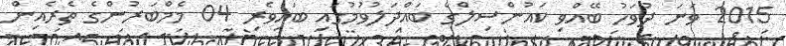
2015 ވަނަ ދުވަހު ބޭއްވި ކައުންސިލްގެ ބައްދަލުވުމުގައި ބައިވެރި 04 މެމްބަރުންގެ ތެރެއިން